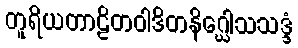
တူရိယတာဠိတဝါဒိတနိဂ္ဃေါသသဒ္ဒံ